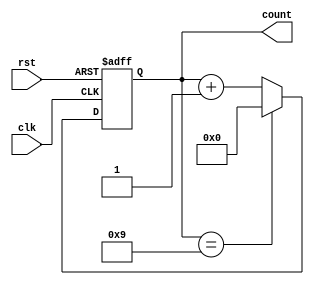
module Modulus_Counter (
    input wire clk,
    input wire rst,
    output reg [7:0] count
);

parameter MOD_VALUE = 10; // specify the modulus value

always @(posedge clk or posedge rst)
begin
    if (rst)
        count <= 8'b0;
    else if (count == MOD_VALUE - 1)
        count <= 8'b0;
    else
        count <= count + 1;
end

endmodule